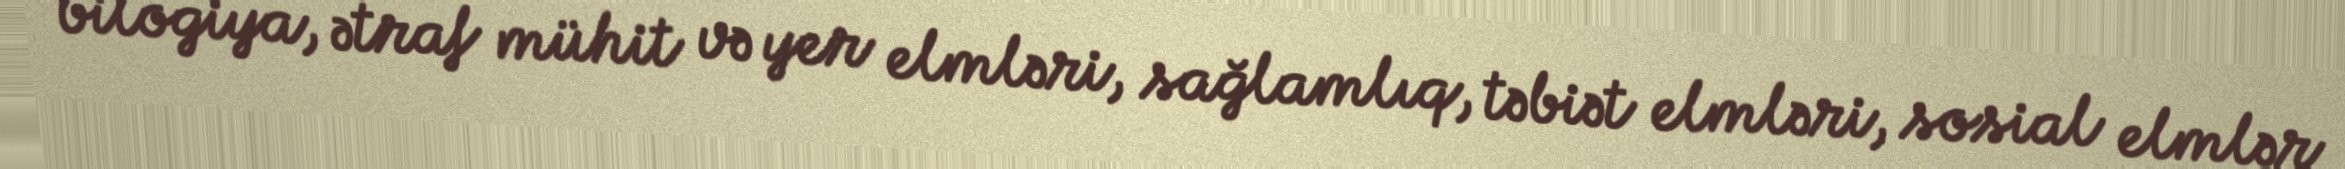
bilogiya, ətraf mühit və yer elmləri, sağlamlıq, təbiət elmləri, sosial elmlər